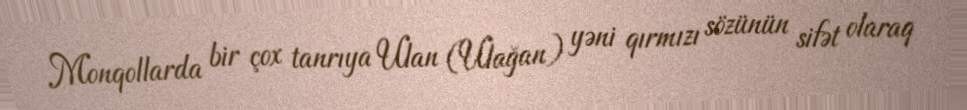
Monqollarda bir çox tanrıya Ulan (Ulağan) yəni qırmızı sözünün sifət olaraq